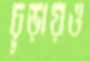
চূড়ায়ও